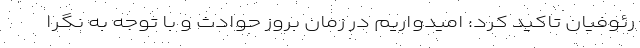
رئوفیان تاکید کرد: اميدواريم در زمان بروز حوادث و با توجه به نگرا